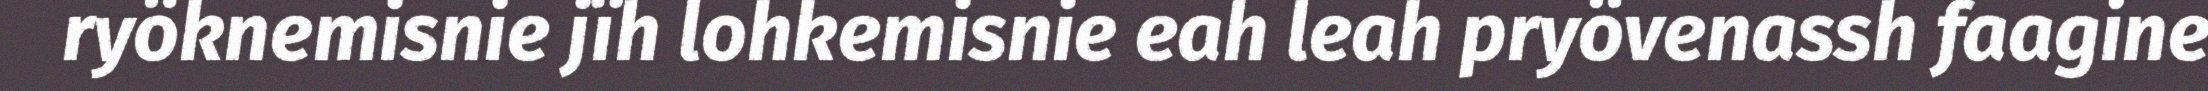
ryöknemisnie jïh lohkemisnie eah leah pryövenassh faagine